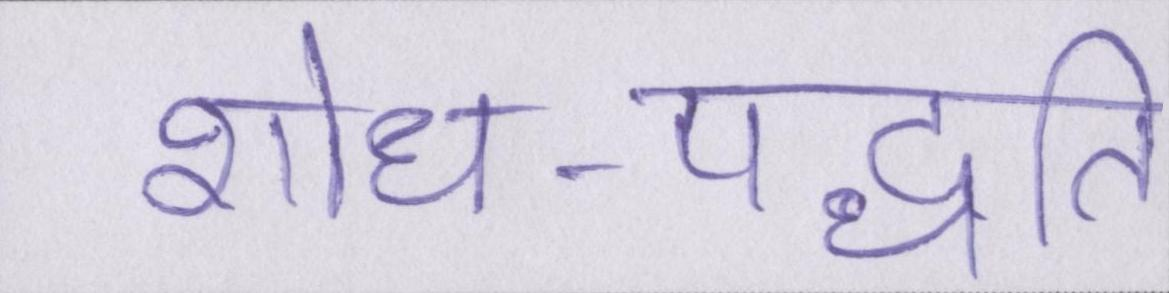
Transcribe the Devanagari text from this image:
शोध-पद्धति